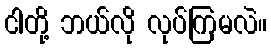
ငါတို့ ဘယ်လို လုပ်ကြမလဲ။